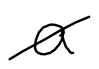
Text: a
Cross-out: diagonal
Writing tool: digital_black